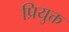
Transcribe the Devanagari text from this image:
प्रियुक्त